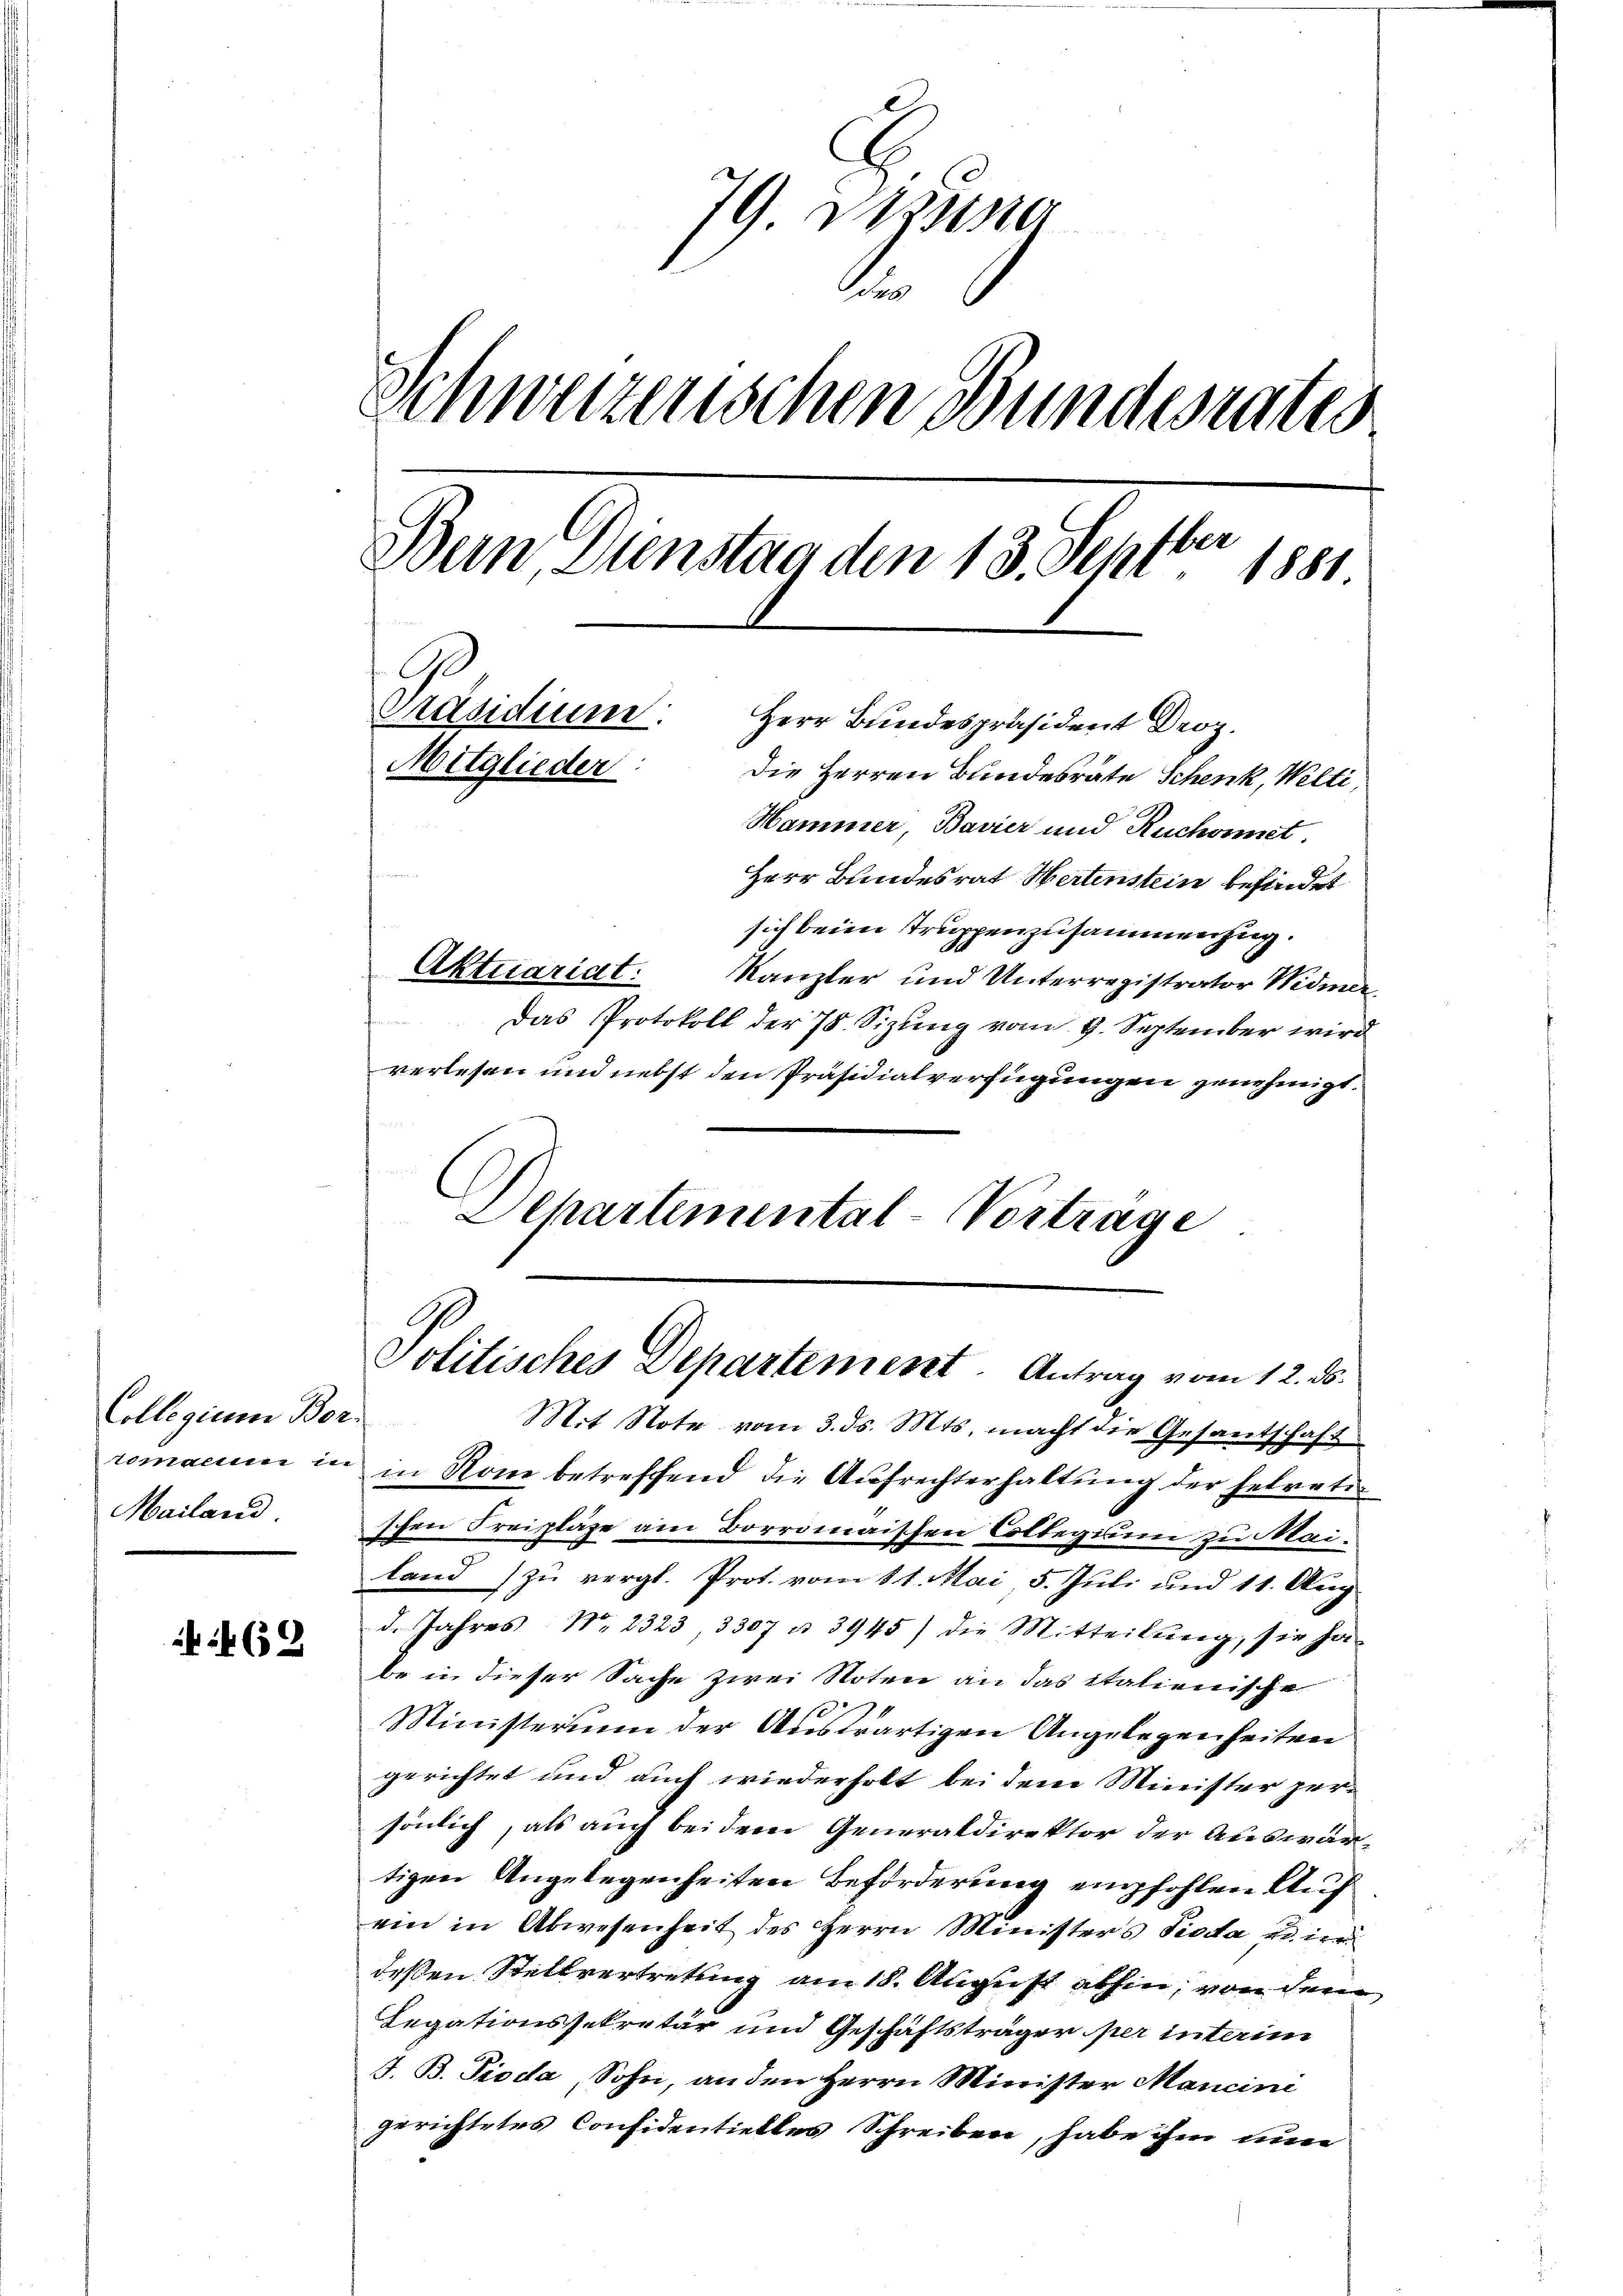
Collegium Bor¬
Mailand

469

79. Dessing
es
Schweizerischen Bundesrates
Bern, Dienstag den 13. Septbr 1881
C
Präsidium.
Herr Bundespräsident Droz.
Mitglieder:
Die Herren Bundesrate Schenk, Welti,
Hammer, Bavier und Ruchowit

Herr Bundesrat Hertenstein befindet
sich beim Truppenzusammenzug.
Aktuariat: Kanzler und Unterregistrator Widmer
t
das Protokoll der 78. Sizŭng vom 9. September wird
verlesen und nebst den Präsidialverfügungen genehmigt.
Departemental-Vortrage

Politisches Departement. Antrag vom 12. ds.

Mit Note vom 3. ds. Mts. macht die Gesantschaft
romanum in in Rom betreffend die Aufrechterhaltung der helvetischen Freipläge am Borromaischen Collegium zu Mailand zu vergl. Prot. vom 11. Mai, 5. Juli und 11. Aug.
d. Jahres N. 2323 3387 u. 3945) die Mitteilŭng, sie ja
be in dieser Sache zwei Noten an das Italienische
Ministerium der Auswärtigen Angelegenheiten
gerichtet und auch wiederholt bei dem Minister persönlich, als auch bei dem Generaldirektor der Auswärtigen Angelegenheiten Beförderung empfohlen Auf
ein in Abwesenheit des Herrn Ministers Pioda eine
deßen Stellvertretung am 18. August abhin, von dem
Legationssekretär und Geschäftsträger per interim
J. B. Pioda, Sohn, an den Herrn Minister Mancini
gerichtetes Considentielles Schreiben, habe ihm nun